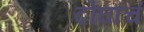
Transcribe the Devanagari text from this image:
दोघांचं